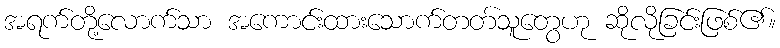
အရက်တို့လောက်သာ အကောင်းထားသောက်တတ်သူတွေဟု ဆိုလိုခြင်းဖြစ်၏။